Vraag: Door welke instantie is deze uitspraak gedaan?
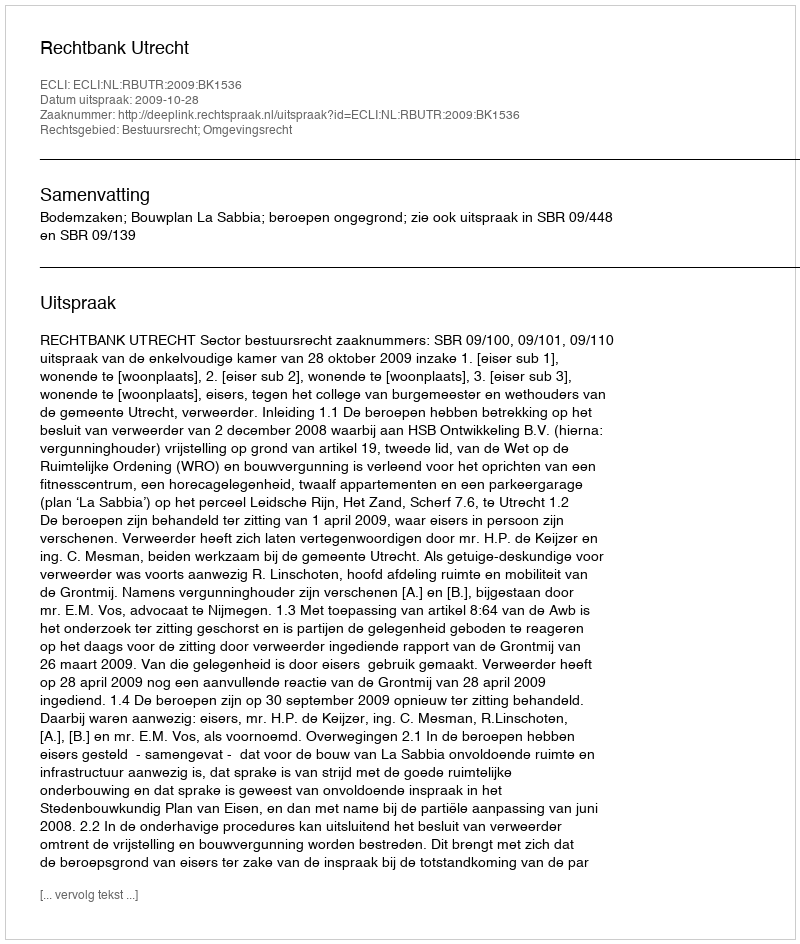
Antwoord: Rechtbank Utrecht